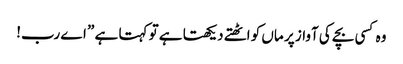
وہ کسی بچے کی آواز پر ماں کو اٹھتے دیکھتا ہے تو کہتا ہے ” اے رب!